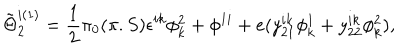
LaTeX: \tilde { \Theta } _ { 2 } ^ { i ( 1 ) } = { \frac { 1 } { 2 } } \pi _ { 0 } ( \pi . S ) \epsilon ^ { i k } \phi _ { k } ^ { 2 } + \phi ^ { 1 i } + e ( y _ { 2 1 } ^ { i k } \phi _ { k } ^ { 1 } + y _ { 2 2 } ^ { i k } \phi _ { k } ^ { 2 } ) ,